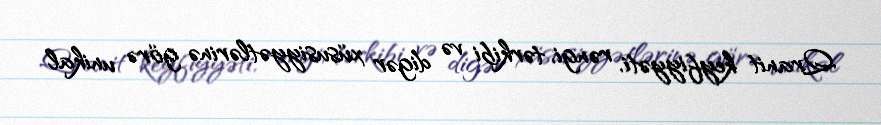
Qranit keyfiyyəti, rəngi, tərkibi və digər xüsusiyyətlərinə görə unikal